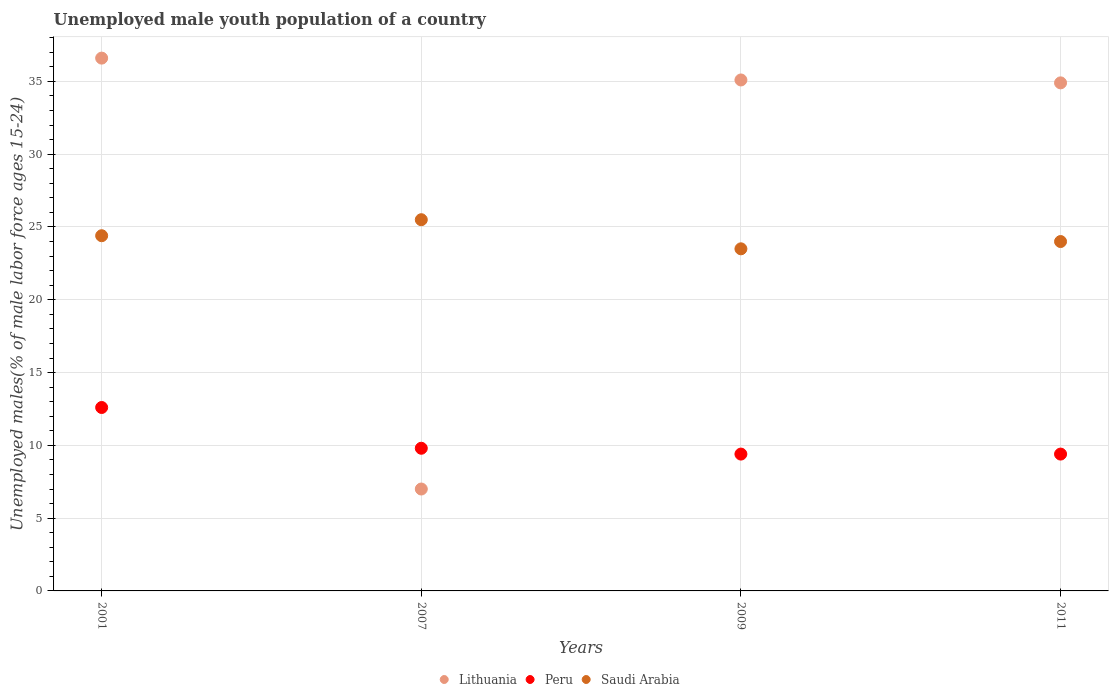
| Years | Lithuania | Peru | Saudi Arabia |
 | --- | --- | --- | --- |
 | 2001 | 36.6 | 12.6 | 24.4 |
 | 2007 | 7 | 9.8 | 25.5 |
 | 2009 | 35.1 | 9.4 | 23.5 |
 | 2011 | 34.9 | 9.4 | 24 |